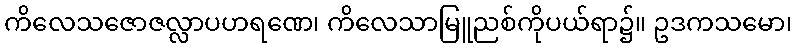
ကိလေသဇောဇလ္လာပဟရဏေ၊ ကိလေသာမြူညစ်ကိုပယ်ရာ၌။ ဥဒကသမော၊